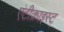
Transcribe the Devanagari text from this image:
एंटीक्राइस्ट